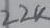
Text: 22K